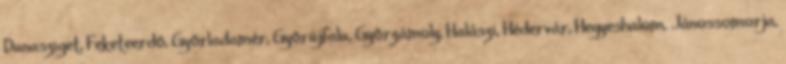
Dunasziget, Feketeerdő, Győrladamér, Győrújfalu, Győrzámoly, Halászi, Hédervár, Hegyeshalom, Jánossomorja,